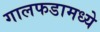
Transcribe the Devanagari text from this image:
गालफडामध्ये